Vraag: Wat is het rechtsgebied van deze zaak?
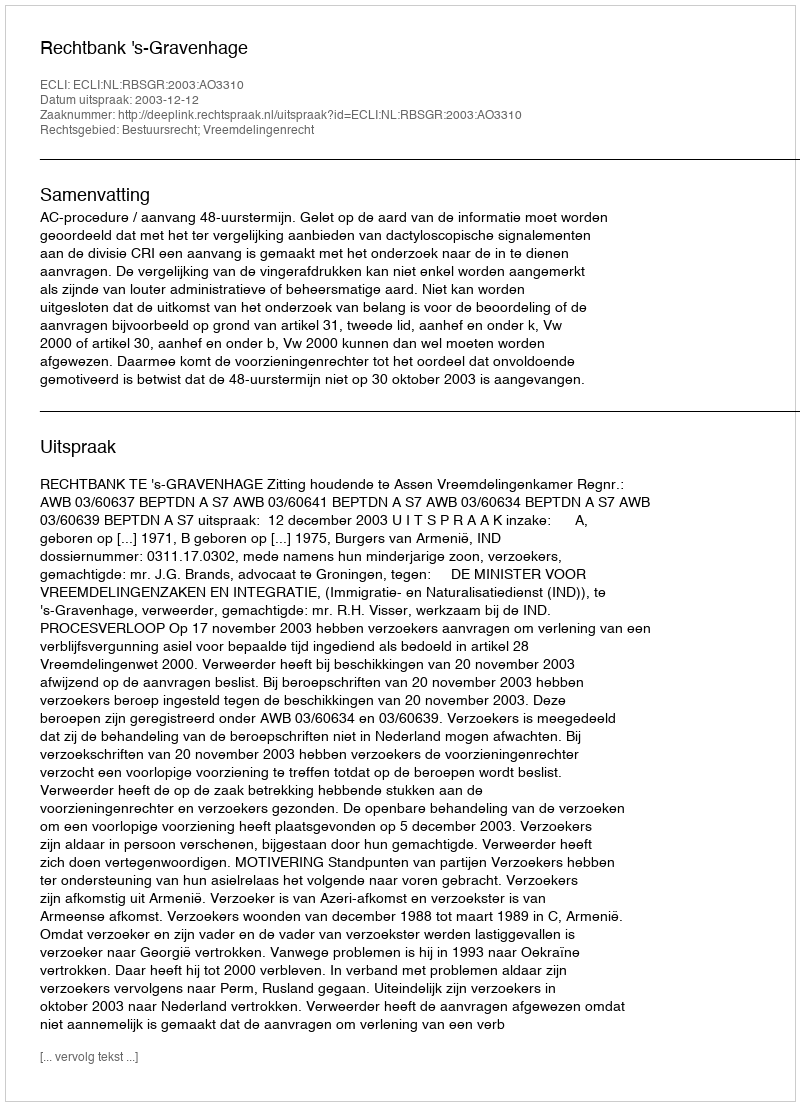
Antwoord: Bestuursrecht; Vreemdelingenrecht